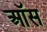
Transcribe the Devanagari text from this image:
ऑस